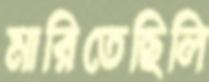
মারিতেছিলি